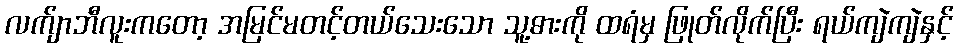
လက်ျာဘီလူးကတော့ အမြင်မတင့်တယ်သေးသော သူ့ဓားကို ထရံမှ ဖြုတ်လိုက်ပြီး ရယ်ကျဲကျဲနှင့်